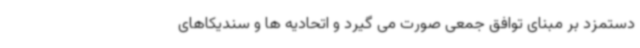
دستمزد بر مبنای توافق جمعی صورت می گیرد و اتحادیه ها و سندیکاهای